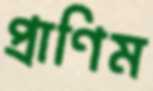
প্রাণিম